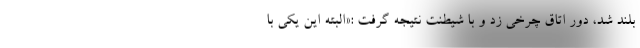
بلند شد، دور اتاق چرخی زد و با شیطنت نتیجه گرفت :«البته این یکی با